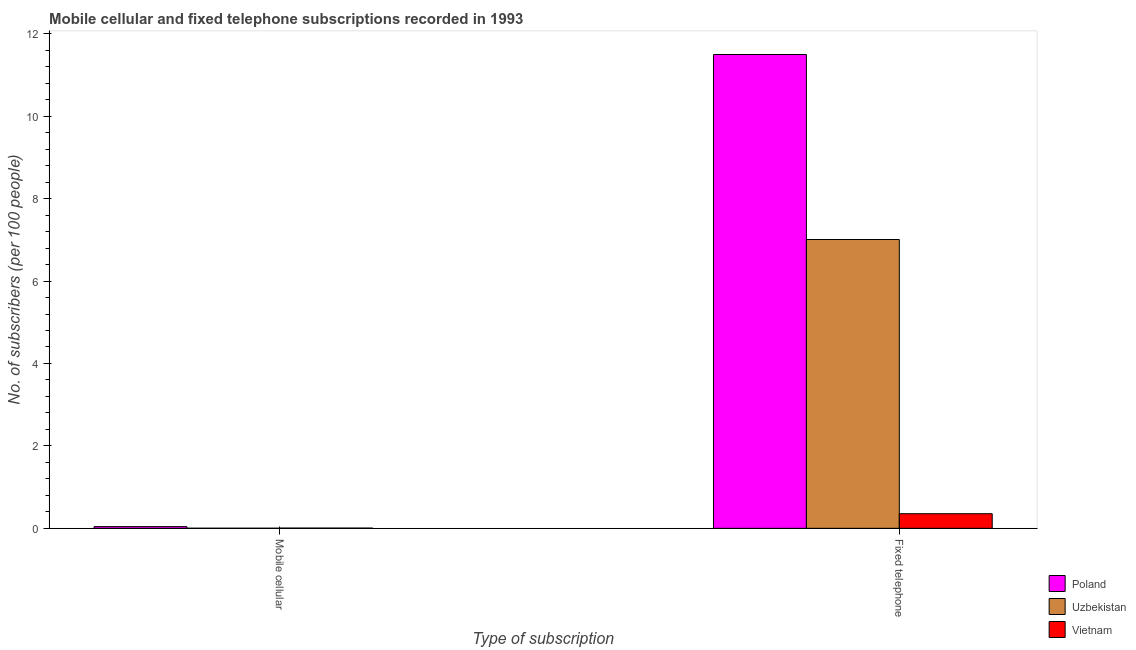
| Type of subscription | Poland | Uzbekistan | Vietnam |
 | --- | --- | --- | --- |
 | Mobile cellular | 0.0409 | 0.00227 | 0.00553 |
 | Fixed telephone | 11.5 | 7.01 | 0.354 |